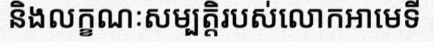
និងលក្ខណៈសម្បត្តិរបស់លោកអាមេទី